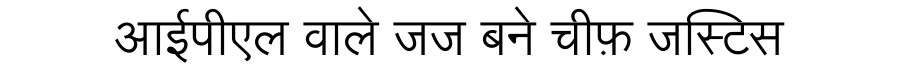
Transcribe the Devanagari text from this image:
आईपीएल वाले जज बने चीफ़ जस्टिस